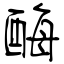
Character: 酶